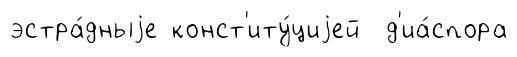
эстра́дныjе конст'иту́циjей д'иа́спора